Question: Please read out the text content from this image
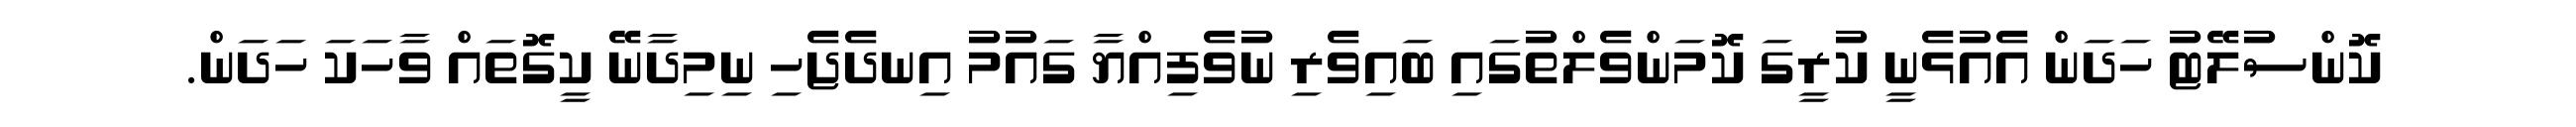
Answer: ކޮންސުލޭޓު ހަދަން އެއުޅެނީ ކުރީގަ ކޮމަންވެލްތުގައި ބައިވެރި ނުވެފިއްޔާ ގައުމު އިނދެޖެހި ނިމިދާނޭ ކީގޮތައް ވާހަކަ ހަދަން.